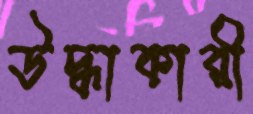
উদ্ধাকারী